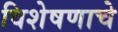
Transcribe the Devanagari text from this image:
विशेषणाचे